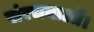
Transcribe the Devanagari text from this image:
संरचनाओं।